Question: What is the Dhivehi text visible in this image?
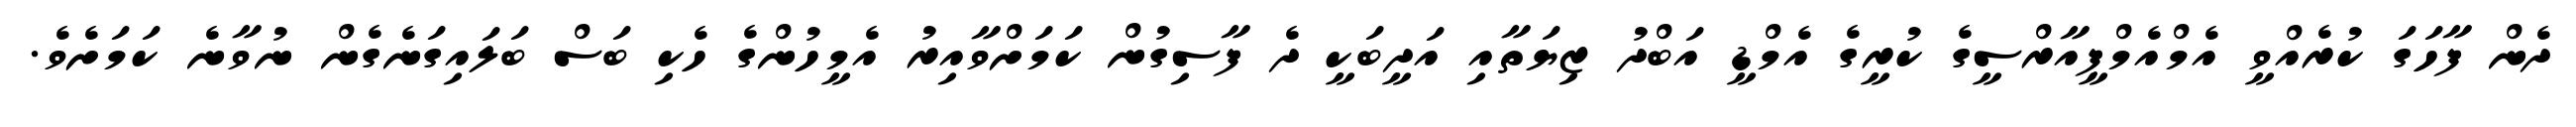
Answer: ދެން ފާހަގަ ކުރެއްވީ އެމްއެމްޕީއާރްސީގެ ކުރީގެ އެމްޑީ އަބްދު ޒިޔަތާއި އަދީބަކީ ދެ ފާސިގުން ކަމަށްވާއިރު އެމީހުންގެ ހެކި ބަސް ބަލައިގަނެގެން ނުވާނެ ކަމަށެވެ.